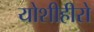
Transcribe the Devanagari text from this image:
योशीहीरो